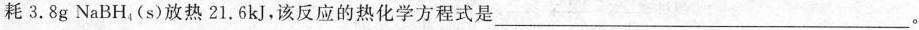
耗3.8g NaBH_{4}(s)放热21.6kJ，该反应的热化学方程式是___。